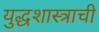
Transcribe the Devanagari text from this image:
युद्धशास्त्राची